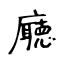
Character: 廰